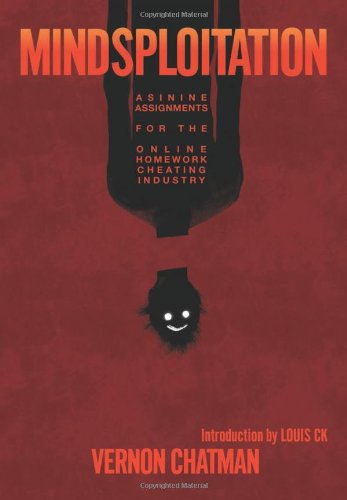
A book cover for Mindsploitation: Asinine Assignments for the Online Homework Cheating Industry; Vernon Chatman; Humor & Entertainment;